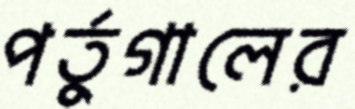
পর্তুগালের